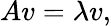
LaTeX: Av=\lambda v,